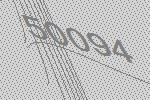
50094